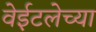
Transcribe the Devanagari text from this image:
वेईटलेच्या